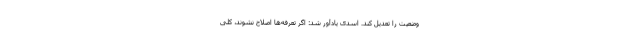
وضعیت را تعدیل کند. اسدی یادآور شد: اگر تعرفه‌ها اصلاح نشوند، کلی